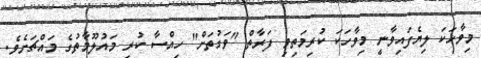
މިވާހަކަ ލިޔެފައިވާނީ މިވާހަކަ ކުރިމަތިވި ފަރާތް "ވަގުތަށް" ހިއްސާ ކުރި މައުލޫމާތުގެ މައްޗަށެވެ.